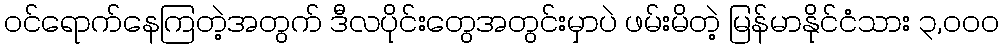
ဝင်ရောက်နေကြတဲ့အတွက် ဒီလပိုင်းတွေအတွင်းမှာပဲ ဖမ်းမိတဲ့ မြန်မာနိုင်ငံသား ၃,၀၀၀